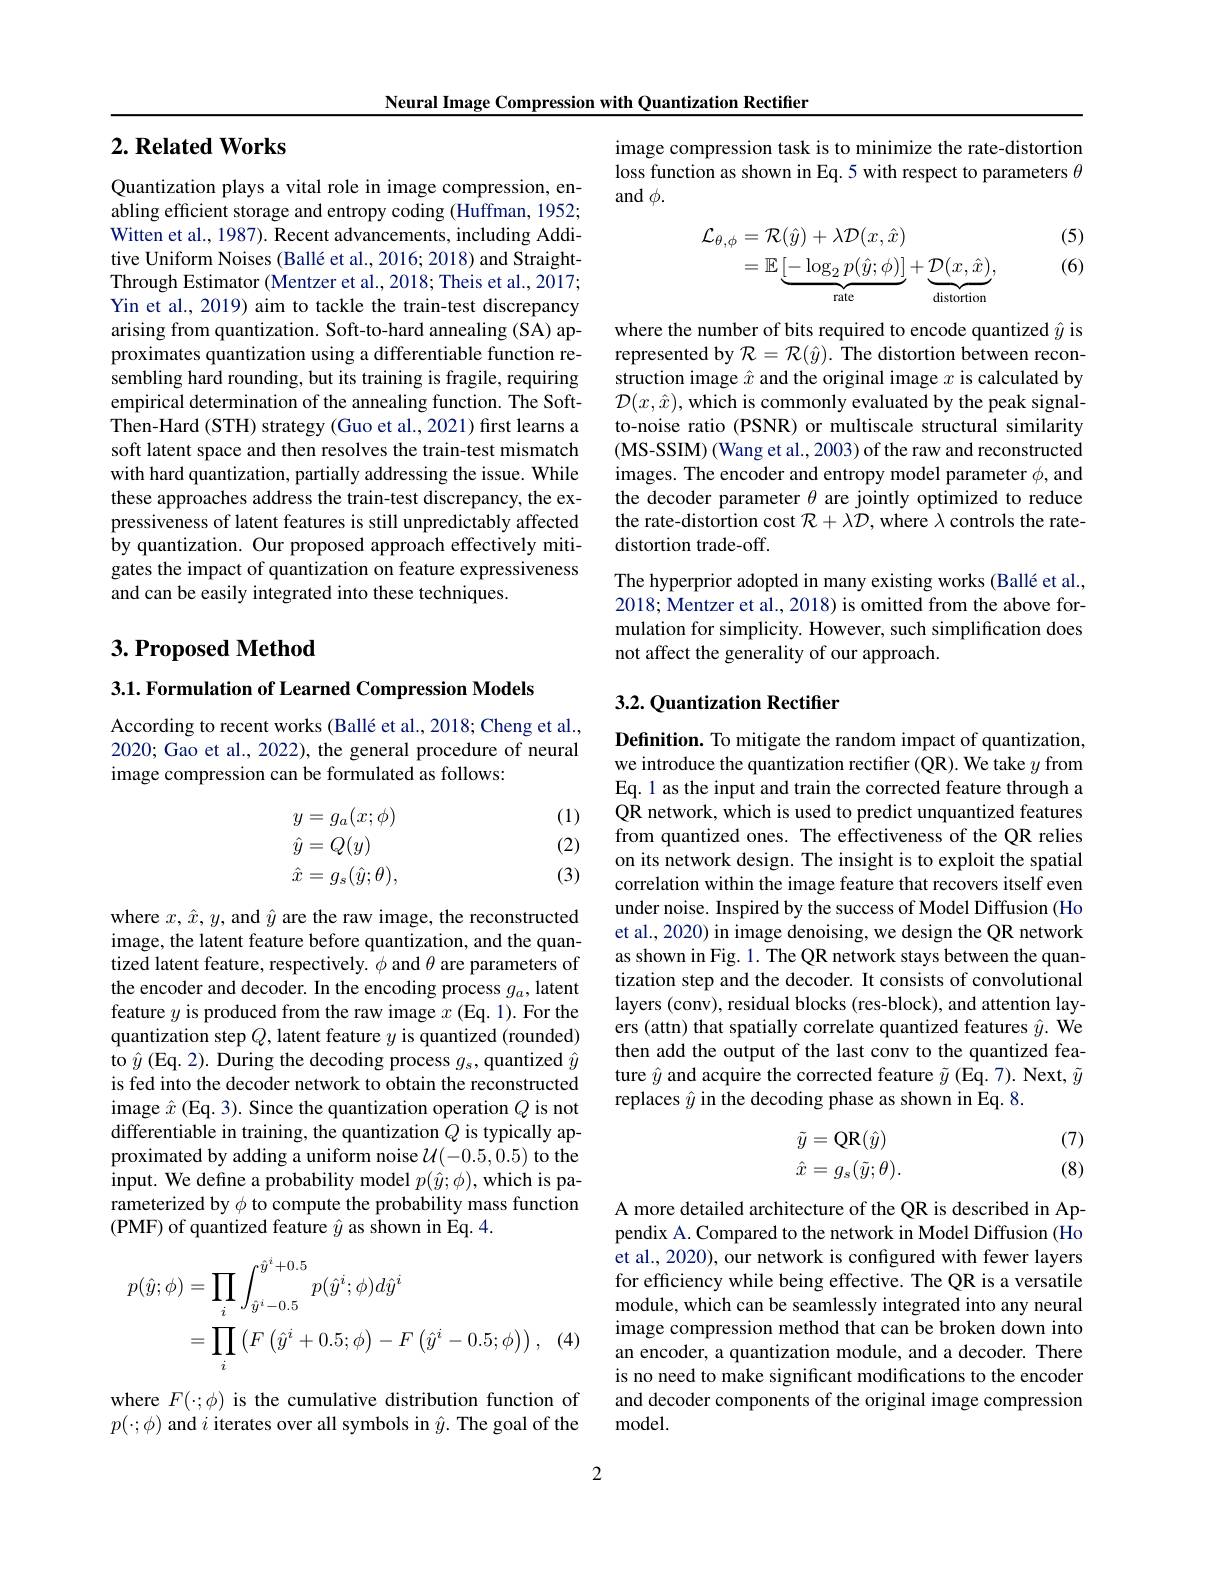
Neural Image Compression with Quantization Rectifier

## $2. \textbf{Related Works}$

Quantization plays a vital role in image compression, enabling efficient storage and entropy coding (Huffman, 1952; Witten et al., 1987). Recent advancements, including Additive Uniform Noises (Ballé et al., 2016; 2018) and StraightThrough Estimator (Mentzer et al., 2018; Theis et al., 2017; Yin et al., 2019) aim to tackle the train-test discrepancy arising from quantization. Soft-to-hard annealing (SA) approximates quantization using a differentiable function resembling hard rounding, but its training is fragile, requiring empirical determination of the annealing function. The SoftThen-Hard (STH) strategy (Guo et al., 2021) first learns a soft latent space and then resolves the train-test mismatch with hard quantization, partially addressing the issue. While these approaches address the train-test discrepancy, the expressiveness of latent features is still unpredictably affected by quantization. Our proposed approach effectively mitigates the impact of quantization on feature expressiveness and can be easily integrated into these techniques.

## $3. \textbf{Proposed Method}$

$3. 1. \textbf{ Formulation of Learned Compression Models}$

According to recent works (Ballé et al., 2018; Cheng et al., 2020; Gao et al., 2022), the general procedure of neural image compression can be formulated as follows:

(1)

(2)
$$\begin{aligned}&y=g_{a}(x;\phi)\\&\hat{y}=Q(y)\\&\hat{x}=g_{s}(\hat{y};\theta),\end{aligned}$$
(3)

where $x,\hat{x},y$, and $\hat{y}$ are the raw image, the reconstructed image, the latent feature before quantization, and the quantized latent feature, respectively. $\phi$ and $\theta$ are parameters of the encoder and decoder. In the encoding process $g_a$, latent feature $y$ is produced from the raw image $x$ (Eq. 1). For the quantization step $Q$, latent feature $y$ is quantized (rounded) to $\hat{y}$ (Eq. 2). During the decoding process $g_\mathrm{s}$,quantized $\hat{y}$ is fed into the decoder network to obtain the reconstructed image $\hat{x}\left(\mathrm{Eq.~3}\right).$ Since the quantization operation $Q$ is not differentiable in training, the quantization $Q$ is typically approximated by adding a uniform noise $\mathcal{U}(-0.5,0.5)$ to the input. We define a probability model $p(\hat{y};\phi)$,which is parameterized by $\phi$ to compute the probability mass function (PMF) of quantized feature $\hat{y}$ as shown in Eq.4.
$$\begin{aligned}p(\hat{y};\phi)&=\prod_{i}\int_{\hat{y}^{i}-0.5}^{\hat{y}^{i}+0.5}p(\hat{y}^{i};\phi)d\hat{y}^{i}\\&=\prod_{i}\left(F\left(\hat{y}^{i}+0.5;\phi\right)-F\left(\hat{y}^{i}-0.5;\phi\right)\right),\end{aligned}$$
(4

where $F(\cdot;\phi)$ is the cumulative distribution function of $p(\cdot;\phi)$ and $i$ iterates over all symbols in $\hat{y}.$ The goal of the

image compression task is to minimize the rate-distortion loss function as shown in Eq. 5 with respect to parameters $\theta$ and $\phi.$

(5)

(6)
$$\begin{aligned}\mathcal{L}_{\theta,\phi}&=\mathcal{R}(\hat{y})+\lambda\mathcal{D}(x,\hat{x})\\&=\mathbb{E}\underbrace{[-\log_2p(\hat{y};\phi)]}_{\text{rate}}+\underbrace{\mathcal{D}(x,\hat{x})}_{\text{distortion}},\end{aligned}$$
where the number of bits required to encode quantized $\hat{y}$ is represented by $\mathcal{R}=\mathcal{R}(\hat{y}).$ The distortion between reconstruction image $\hat{x}$ and the original image $x$ is calculated by $\mathcal{D}(x,\hat{x})$,which is commonly evaluated by the peak signalto-noise ratio (PSNR) or multiscale structural similarity (MS-SSIM) (Wang et al., 2003) of the raw and reconstructed images. The encoder and entropy model parameter $\phi$, and the decoder parameter $\theta$ are jointly optimized to reduce the rate-distortion cost $\mathcal{R}+\lambda\mathcal{D}$, where $\lambda$ controls the ratedistortion trade-off.
The hyperprior adopted in many existing works (Ballé et al.,

2018; Mentzer et al., 2018) is omitted from the above formulation for simplicity. However, such simplification does not affect the generality of our approach.

## 3.2. Quantization Rectifier

Definition. To mitigate the random impact of quantization, we introduce the quantization rectifier (QR). We take $y$ from Eq.1 as the input and train the corrected feature through a QR network, which is used to predict unquantized features from quantized ones. The effectiveness of the QR relies on its network design. The insight is to exploit the spatial correlation within the image feature that recovers itself even under noise. Inspired by the success of Model Diffusion (Ho et al., 2020) in image denoising, we design the QR network as shown in Fig. 1. The QR network stays between the quantization step and the decoder. It consists of convolutional layers (conv), residual blocks (res-block), and attention layers (attn) that spatially correlate quantized features $\hat{y}.$ We then add the output of the last conv to the quantized feature $\hat{y}$ and acquire the corrected feature $\tilde{y}$ (Eq. 7). Next, $\tilde{y}$ replaces $\hat{y}$ in the decoding phase as shown in Eq.8.

(7)
$$\begin{aligned}\tilde{y}&=\mathrm{QR}(\hat{y})\\\hat{x}&=g_s(\tilde{y};\theta).\end{aligned}$$
(8)

A more detailed architecture of the QR is described in Appendix A. Compared to the network in Model Diffusion (Ho et al., 2020), our network is confgured with fewer layers for efficiency while being effective. The QR is a versatile module, which can be seamlessly integrated into any neural image compression method that can be broken down into an encoder, a quantization module, and a decoder. There is no need to make significant modifications to the encoder and decoder components of the original image compression ${\mathrm{model}}.$

2